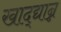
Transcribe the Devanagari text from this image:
खाद्द्यान्न